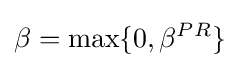
\displaystyle \beta =\max\{0,\beta ^{PR}\}